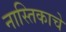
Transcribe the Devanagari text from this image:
नास्तिकाचे